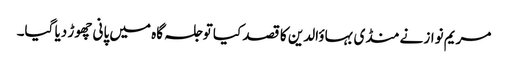
مریم نواز نے منڈی بہاؤالدین کا قصد کیا تو جلسہ گاہ میں پانی چھوڑ دیا گیا۔